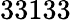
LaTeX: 33133